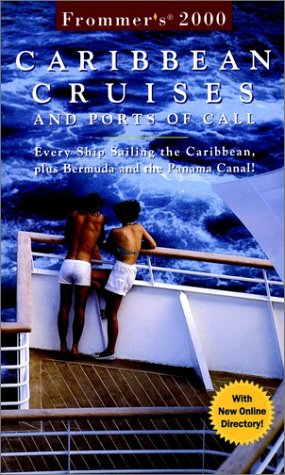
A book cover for Frommer'sÃE Carribean Cruises and Ports of Call: Every Ship Sailing the Caribbean, plus Bermuda and the Panama Canal! (Frommer's Cruises); Heidi Sarna; Travel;